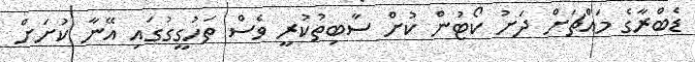
ޑެބްރާގެ މައްޗަށް ދަށު ކޯޓުން ކުށް ސާބިތުކުރީ ވެސް ތަހުގީގުގައި އޭނާ ކުށަށް